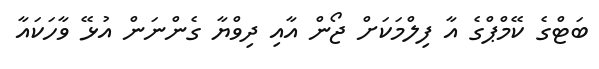
ބަޓްގެ ކޭމްޕްގެ އާ ފިލްމަކަށް ޖޯން އާއި ދިވްޔާ ގެންނަން އުޅޭ ވާހަކައާ